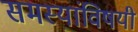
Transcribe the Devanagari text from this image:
समस्यांविषयी